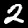
Label: 2